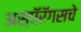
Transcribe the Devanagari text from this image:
अस्पॅरॅगसचे